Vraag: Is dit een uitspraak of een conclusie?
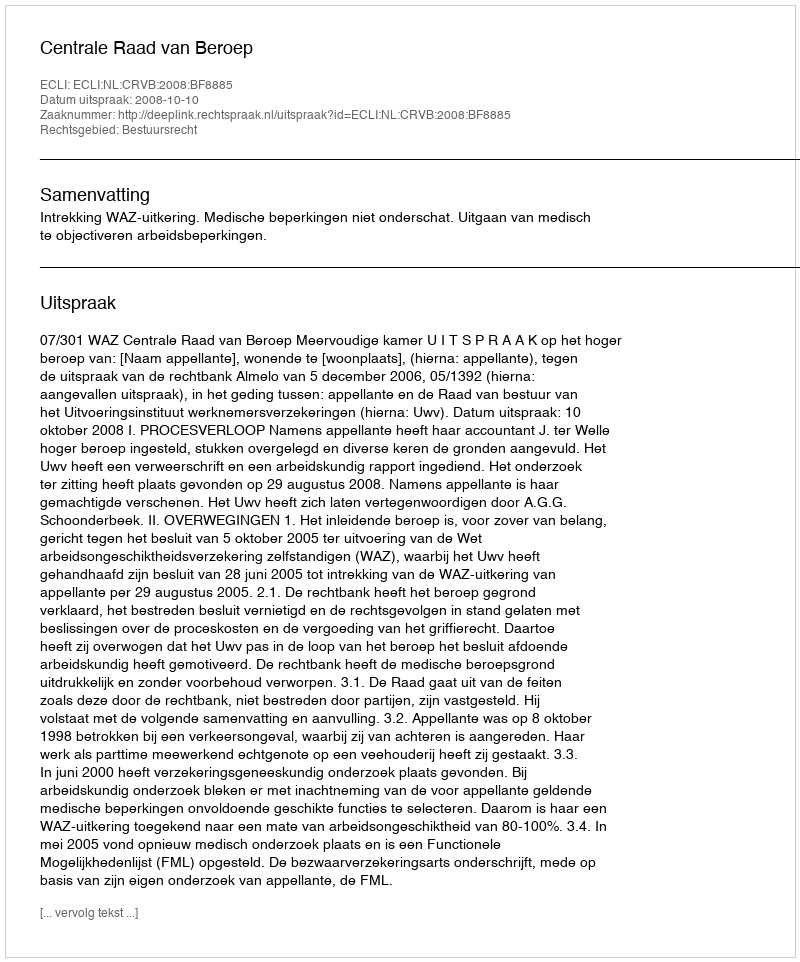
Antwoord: Uitspraak